Plague in India, 1896, 1897 - Volume 1
Year: 1896
Disease focus: Plague
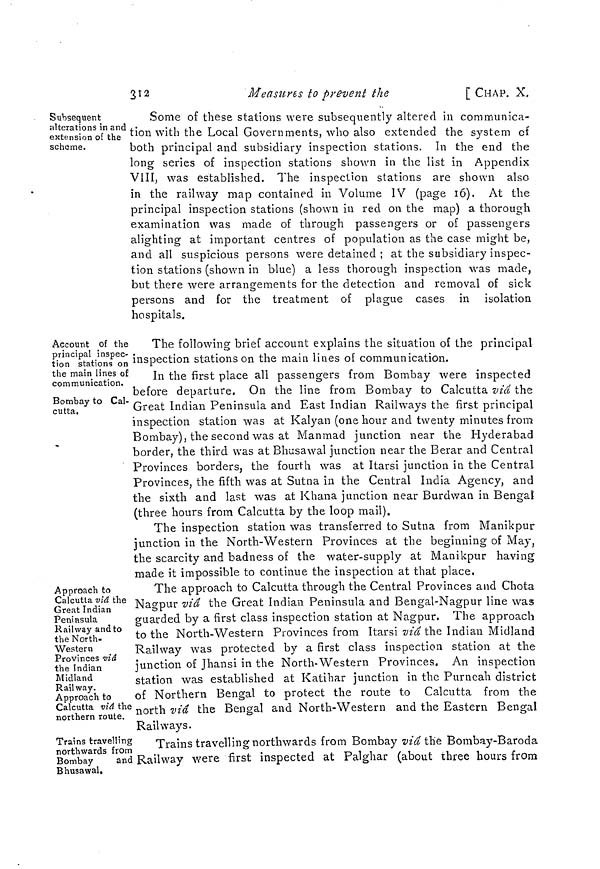
312
Measures to prevent the
[ CHAP. X.
Subsequent
alterations in and
extension of the
scheme.
Some of these stations were subsequently altered in communica-
tion with the Local Governments, who also extended the system of
both principal and subsidiary inspection stations. In the end the
long series of inspection stations shown in the list in Appendix
VIII, was established. The inspection stations are shown also
in the railway map contained in Volume IV (page 16). At the
principal inspection stations (shown in red on the map) a thorough
examination was made of through passengers or of passengers
alighting at important centres of population as the case might be,
and all suspicious persons were detained ; at the subsidiary inspec-
tion stations (shown in blue) a less thorough inspection was made,
but there were arrangements for the detection and removal of sick
persons and for the treatment of plague cases in isolation
hospitals.
Account of the
principal inspec-
tion stations on
the main lines of
communication.
Bombay to Cal-
cutta.
The following brief account explains the situation of the principal
inspection stations on the main lines of communication.
In the first place all passengers from Bombay were inspected
before departure. On the line from Bombay to Calcutta viâ, the
Great Indian Peninsula and East Indian Railways the first principal
inspection station was at Kalyan (one hour and twenty minutes from
Bombay), the second was at Manmad junction near the Hyderabad
border, the third was at Bhusawal junction near the Berar and Central
Provinces borders, the fourth was at Itarsi junction in the Central
Provinces, the fifth was at Sutna in the Central India Agency, and
the sixth and last was at Khana junction near Burdwan in Bengal
(three hours from Calcutta by the loop mail).
The inspection station was transferred to Sutna from Manikpur
junction in the North-Western Provinces at the beginning of May,
the scarcity and badness of the water-supply at Manikpur having
made it impossible to continue the inspection at that place.
Approach to
Calcutta viâ the
Great Indian
Peninsula
Railway and to
the North-
Western
Provinces viâ
the Indian
Midland
Railway.
Approach to
Calcutta viâ the
northern route.
The approach to Calcutta through the Central Provinces and Chota
Nagpur viâ the Great Indian Peninsula and Bengal-Nagpur line was
guarded by a first class inspection station at Nagpur. The approach
to the North-Western Provinces from Itarsi viâ the Indian Midland
Railway was protected by a first class inspection station at the
junction of Jhansi in the North-Western Provinces. An inspection
station was established at Katihar junction in the Purneah district
of Northern Bengal to protect the route to Calcutta from the
north viâ the Bengal and North-Western and the Eastern Bengal
Railways.
Trains travelling
northwards from
Bombay
and
Bhusawal.
Trains travelling northwards from Bombay viâ the Bombay-Baroda
Railway were first inspected at Palghar (about three hours from